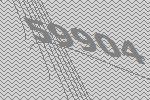
59904